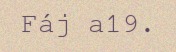
Fáj a19.